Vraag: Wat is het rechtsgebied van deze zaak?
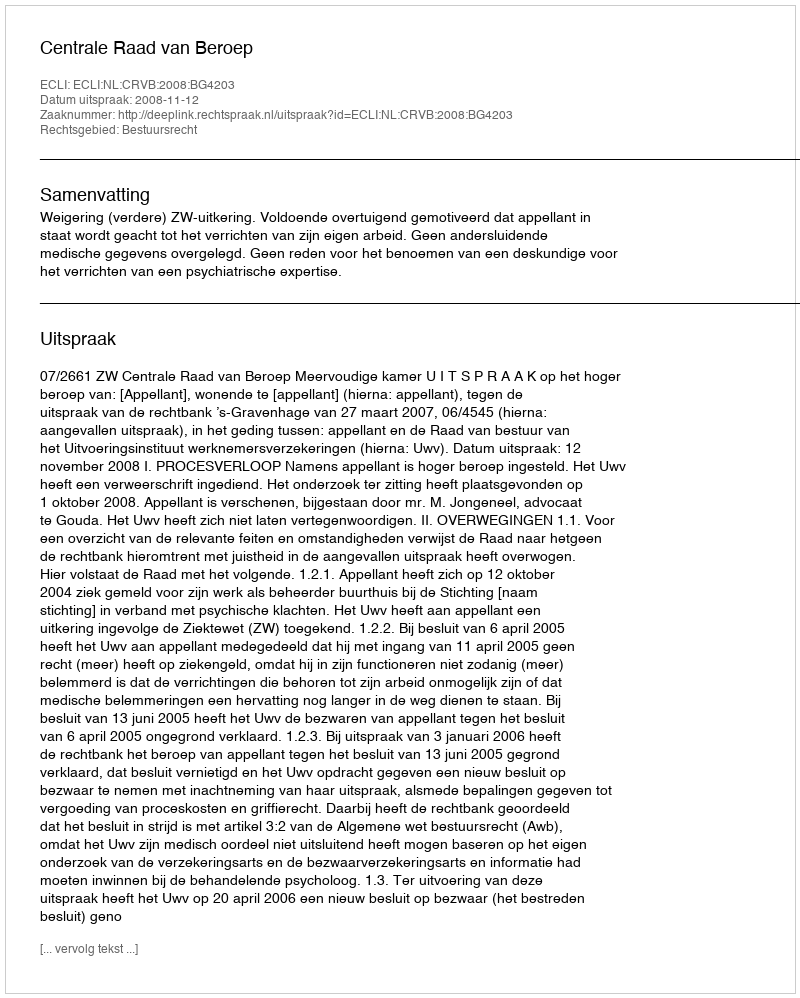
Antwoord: Bestuursrecht